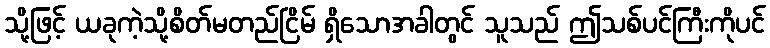
သို့ဖြင့် ယခုကဲ့သို့စိတ်မတည်ငြိမ် ရှိသောအခါတွင် သူသည် ဤသစ်ပင်ကြီးကိုပင်